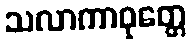
သလာကာဝုတ္တေ